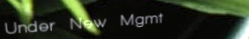
Under New Mgmt